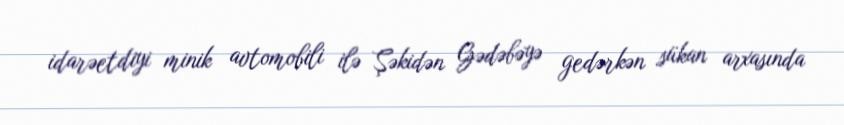
idarəetdiyi minik avtomobili ilə Şəkidən Gədəbəyə gedərkən sükan arxasında